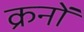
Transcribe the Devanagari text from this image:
क्रनों